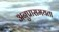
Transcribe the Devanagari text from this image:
अनुप्रासमयता